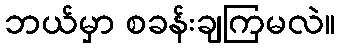
ဘယ်မှာ စခန်းချကြမလဲ။